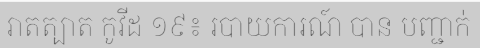
រាតត្បាត កូវីដ ១៩៖ របាយការណ៍ បាន បញ្ជាក់